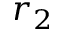
r _ { 2 }